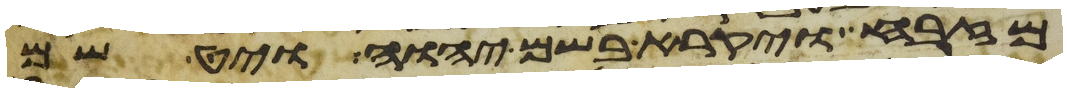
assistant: מזבח ויקרא בשם יהוה ויט שם